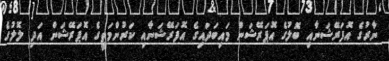
ނާރުގެ އޮފަރޭޝަނާއި ބޮލުގެ އޮޕަރޭޝަން މައިބަދައިގެ އޮފަރޭޝަނާއި ކަރުންމަތީގެ އޮޕަރޭޝަން އަދި ލޮލުގެ